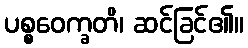
ပစ္စဝေက္ခတိ၊ ဆင်ခြင်၏။